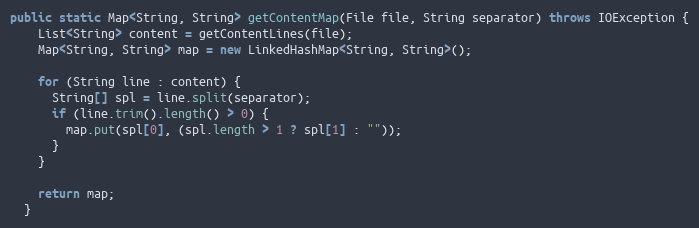
Language: Java
public static Map<String, String> getContentMap(File file, String separator) throws IOException {
    List<String> content = getContentLines(file);
    Map<String, String> map = new LinkedHashMap<String, String>();

    for (String line : content) {
      String[] spl = line.split(separator);
      if (line.trim().length() > 0) {
        map.put(spl[0], (spl.length > 1 ? spl[1] : ""));
      }
    }

    return map;
  }